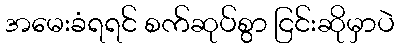
အမေးခံရရင် စက်ဆုပ်စွာ ငြင်းဆိုမှာပဲ